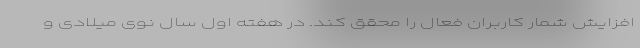
افزایش شمار کاربران فعال را محقق کند. در هفته اول سال نوی میلادی و